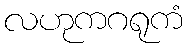
လဟုကဂရုကံ